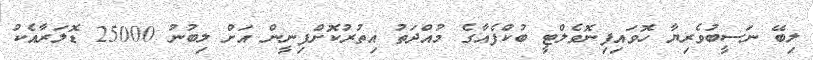
ލިބޭ ނަސީބުވެރިޔާ ހޮވައިފިނޮވެލްޓީ ބުކްފެއާގެ މުއްދަތު އިތުރުކޮށްފިނީން އަށް ލިބުނު 25000 ޑޮލަރާއެކު